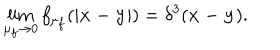
\lim _ { \mu _ { f } \to 0 } f _ { \mu _ { f } } ( | { \bf x - y } | ) = \delta ^ { 3 } ( { \bf x - y } ) .